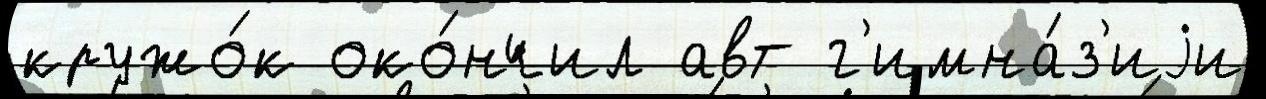
кружо́к око́нчил авт г'имна́з'иjи